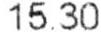
15.30